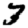
Digit: 3